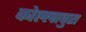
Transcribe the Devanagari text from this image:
कोल्लापुरा